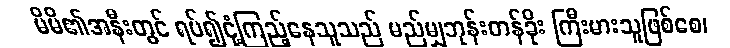
မိမိ၏အနီးတွင် ရပ်၍ငုံ့ကြည့်နေသူသည် မည်မျှဘုန်းတန်ခိုး ကြီးမားသူဖြစ်စေ၊